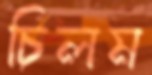
চিলম